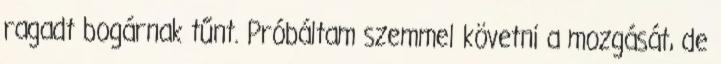
ragadt bogárnak tűnt. Próbáltam szemmel követni a mozgását, de